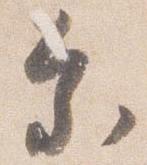
参